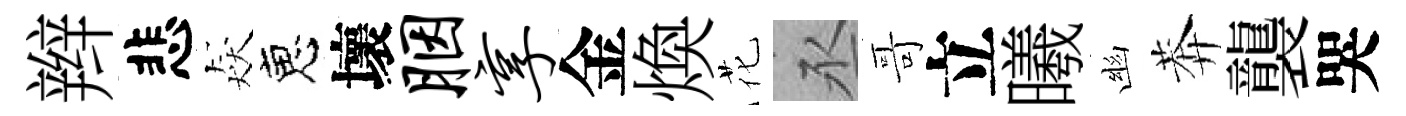
辫悲猋恵壞胭享金煥花丞哥立曦幽莾襲哭